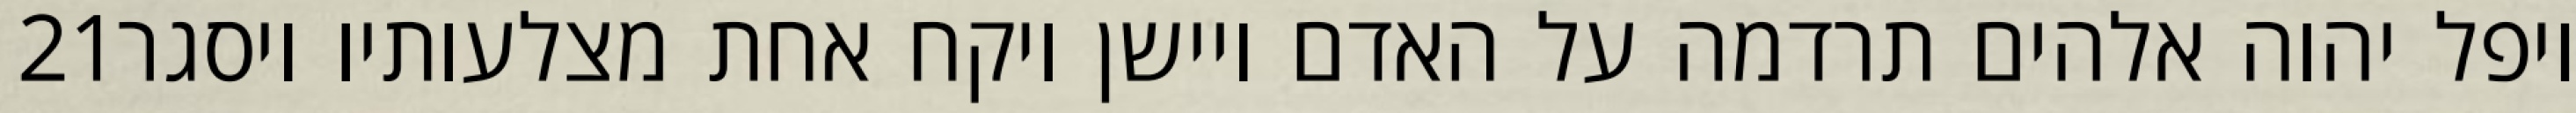
‎21‏ ויפל יהוה אלהים תרדמה על האדם ויישן ויקח אחת מצלעותיו ויסגר